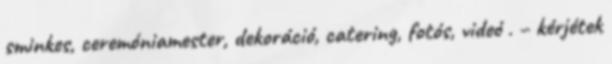
sminkes, ceremóniamester, dekoráció, catering, fotós, videó . – kérjétek